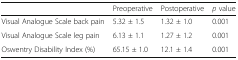
<table><thead><tr><td></td><td><b>Preoperative</b></td><td><b>Postoperative</b></td><td><b><i>p</i> value</b></td></tr></thead><tbody><tr><td>Visual Analogue Scale back pain</td><td>5.32 ± 1.5</td><td>1.32 ± 1.0</td><td>0.001</td></tr><tr><td>Visual Analogue Scale leg pain</td><td>6.13 ± 1.1</td><td>1.27 ± 1.2</td><td>0.001</td></tr><tr><td>Oswentry Disability Index (%)</td><td>65.15 ± 1.0</td><td>12.1 ± 1.4</td><td>0.001</td></tr></tbody></table>